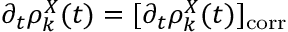
\begin{array} { r } { \partial _ { t } \rho _ { k } ^ { X } ( t ) = [ \partial _ { t } \rho _ { k } ^ { X } ( t ) ] _ { \mathrm { c o r r } } } \end{array}